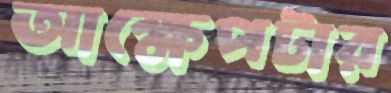
আক্ষেপটার